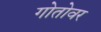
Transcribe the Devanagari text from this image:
गोतोवर